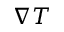
\nabla T